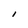
Character: l